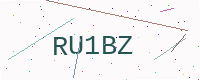
Text: RU1BZ